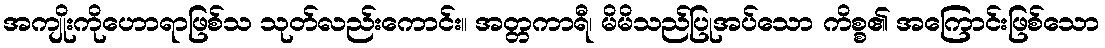
အကျိုးကိုဟောရာဖြစ်သ သုတ်လည်းကောင်း။ အတ္တကာရီ၊ မိမိသည်ပြုအပ်သော ကိစ္စ၏ အကြောင်းဖြစ်သော